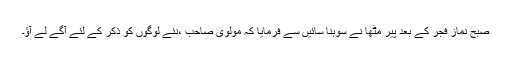
صبح نماز فجر کے بعد پیر مٹھاؒ نے سوہنا سائیں سے فرمایا کہ مولوی صاحب ،نئے لوگوں کو ذکر کے لئے آگے لے آؤ۔